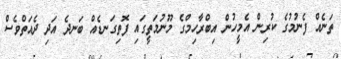
ތަނެއް ފެނުމުގެ ކުރިން އެމީހުން އިބްރާހިމްގެ މޫނުމަތީގައި ފޮތިގަނޑެއް ބަނދެ އަދި ދެއަތްވެސް